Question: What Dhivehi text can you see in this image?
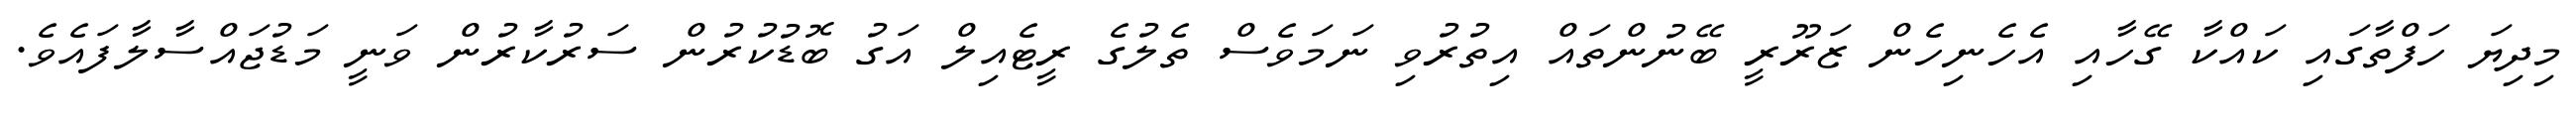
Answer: މިދިޔަ ހަފްތާގައި ކައްކާ ގޭހާއި އެހެނިހެން ޒަރޫރީ ބޭނުންތައް އިތުރުވި ނަމަވެސް ތެލުގެ ރީޓެއިލް އަގު ބޮޑުކުރުން ސަރުކާރުން ވަނީ މަޑުޖައްސާލާފައެވެ.